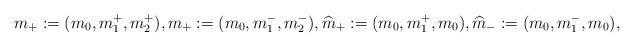
LaTeX: \begin{align*}m_+ :=(m_0,m_1^+,m_2^+),m_+ :=(m_0,m_1^-,m_2^-),\widehat m_+:=(m_0,m_1^+,m_0),\widehat m_-:=(m_0,m_1^-,m_0),\end{align*}